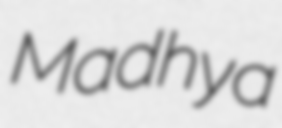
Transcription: Madhya